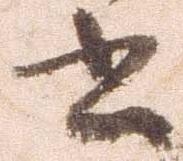
書